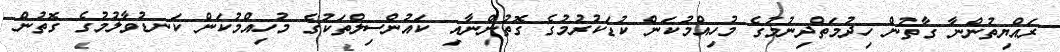
ރައްޔިތުންނާ ގާތުން ހިދުމަތްދިނުމުގެ މުހިއްމުކަން ކުޑަކުރުމުގެ ގޮތުންނާއި ކައުންސިލްތަކުގެ މުހިއްމުކަން ކަނޑުވާލުމުގެ ގޮތުން